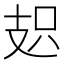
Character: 𭣗